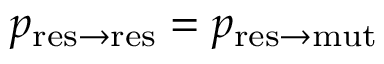
p _ { \mathrm { r e s \to r e s } } = p _ { \mathrm { r e s \to m u t } }